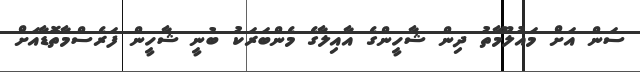
ސަން އަށް މައުލޫމާތު ދިން ޝާހީންގެ އާއިލާގެ މެންބަރަކު ބުނީ ޝާހީން ފަރެސްމާތޮޑާއަށް